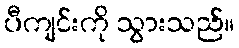
ပီကျင်းကို သွားသည်။